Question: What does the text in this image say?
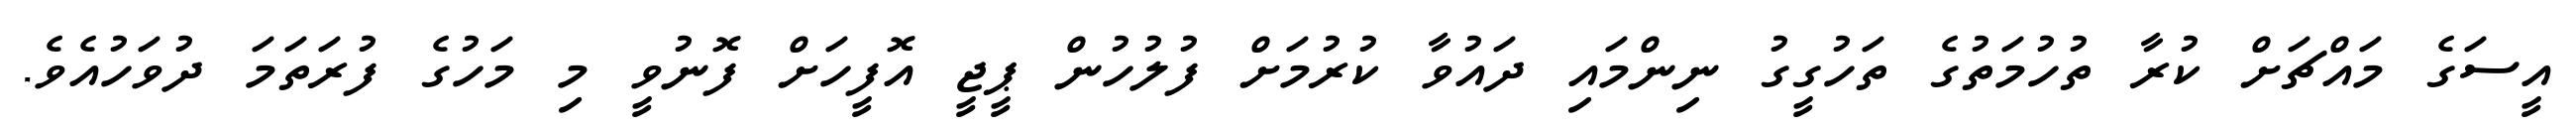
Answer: އީސަގެ މައްޗަށް ކުރާ ތުހުމަތުގެ ތަހުގީގު ނިންމައި ދައުވާ ކުރުމަށް ފުލުހުން ޕީޖީ އޮފީހަށް ފޮނުވީ މި މަހުގެ ފުރަތަމަ ދުވަހުއެވެ.